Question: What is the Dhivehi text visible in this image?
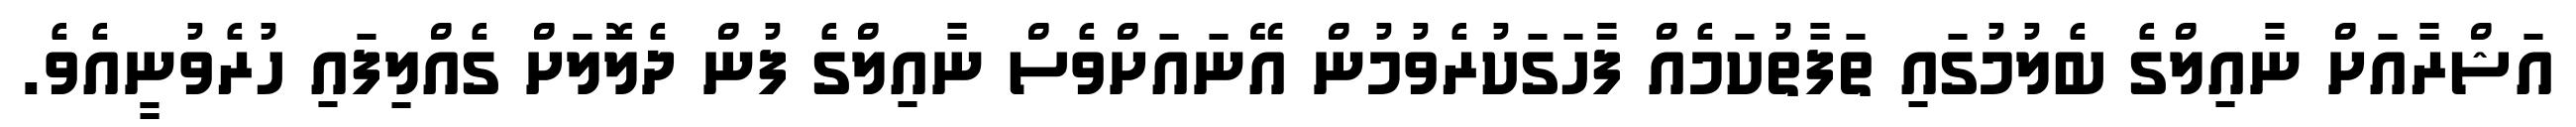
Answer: އަޝްރާއަށް ނާއިލްގެ ބެލުމުގައި ތަފާތުކަމެއް ފާހަގަކުރެވުމުން އޭނައަށްވެސް ނާއިލްގެ ފުން ދެލޮލަށް ގެއްލިފައި ހުރެވުނީއެވެ.